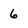
Character: 6